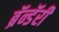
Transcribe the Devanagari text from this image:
ब्रॅन्डॅरी